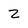
Character: 2